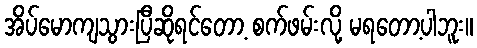
အိပ်မောကျသွားပြီဆိုရင်တော့ စက်ဖမ်းလို့ မရတော့ပါဘူး။